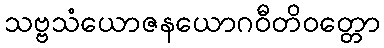
သဗ္ဗသံယောဇနယောဂဝီတိဝတ္တော